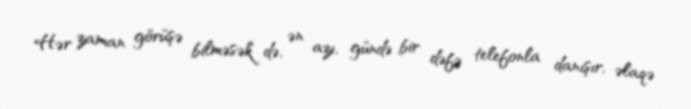
Hər zaman görüşə bilməsək də, ən azı, gündə bir dəfə telefonla danışır, əlaqə